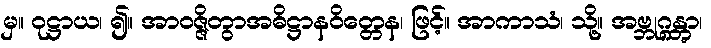
မှ။ ဝုဋ္ဌာယ၊ ၍။ အာဝဇ္ဇိတွာအဓိဋ္ဌာနဝိတ္တေန၊ ဖြင့်။ အာကာသံ၊ သို့။ အဗ္ဘုဂ္ဂန္တွာ၊